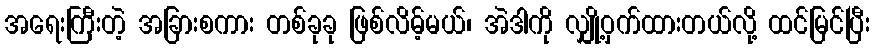
အရေးကြီးတဲ့ အခြားစကား တစ်ခုခု ဖြစ်လိမ့်မယ်၊ အဲဒါကို လျှို့ဝှက်ထားတယ်လို့ ထင်မြင်ပြီး